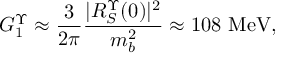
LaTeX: G _ { 1 } ^ { \Upsilon } \approx { \frac { 3 } { 2 \pi } } { \frac { \vert R _ { S } ^ { \Upsilon } ( 0 ) \vert ^ { 2 } } { m _ { b } ^ { 2 } } } \approx 1 0 8 ~ \mathrm { M e V } ,